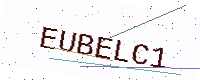
Text: EUBELC1